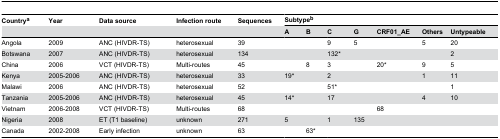
<table><thead><tr><td><b>Country<sup>a</sup></b></td><td><b>Year</b></td><td><b>Data source</b></td><td><b>Infection route</b></td><td><b>Sequences</b></td><td colspan="7"><b>Subtype<sup>b</sup></b></td></tr><tr><td></td><td></td><td></td><td></td><td></td><td><b>A</b></td><td><b>B</b></td><td><b>C</b></td><td><b>G</b></td><td><b>CRF01_AE</b></td><td><b>Others</b></td><td><b>Untypeable</b></td></tr></thead><tbody><tr><td>Angola</td><td>2009</td><td>ANC (HIVDR-TS)</td><td>heterosexual</td><td>39</td><td></td><td></td><td>9</td><td>5</td><td></td><td>5</td><td>20</td></tr><tr><td>Botswana</td><td>2007</td><td>ANC (HIVDR-TS)</td><td>heterosexual</td><td>134</td><td></td><td></td><td>132*</td><td></td><td></td><td></td><td>2</td></tr><tr><td>China</td><td>2006</td><td>VCT (HIVDR-TS)</td><td>Multi-routes</td><td>45</td><td></td><td>8</td><td>3</td><td></td><td>20*</td><td>9</td><td>5</td></tr><tr><td>Kenya</td><td>2005-2006</td><td>ANC (HIVDR-TS)</td><td>heterosexual</td><td>33</td><td>19*</td><td></td><td>2</td><td></td><td></td><td>1</td><td>11</td></tr><tr><td>Malawi</td><td>2006</td><td>ANC (HIVDR-TS)</td><td>heterosexual</td><td>52</td><td></td><td></td><td>51*</td><td></td><td></td><td></td><td>1</td></tr><tr><td>Tanzania</td><td>2005-2006</td><td>ANC (HIVDR-TS)</td><td>heterosexual</td><td>45</td><td>14*</td><td></td><td>17</td><td></td><td></td><td>4</td><td>10</td></tr><tr><td>Vietnam</td><td>2006-2008</td><td>VCT (HIVDR-TS)</td><td>Multi-routes</td><td>68</td><td></td><td></td><td></td><td></td><td>68</td><td></td><td></td></tr><tr><td>Nigeria</td><td>2008</td><td>ET (T1 baseline)</td><td>unknown</td><td>271</td><td>5</td><td></td><td>1</td><td>135</td><td></td><td></td><td></td></tr><tr><td>Canada</td><td>2002-2008</td><td>Early infection</td><td>unknown</td><td>63</td><td></td><td>63*</td><td></td><td></td><td></td><td></td><td></td></tr></tbody></table>